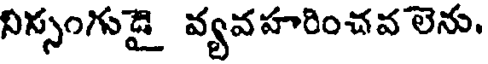
నిస్సంగుడై వ్యవహరించవ లెను.